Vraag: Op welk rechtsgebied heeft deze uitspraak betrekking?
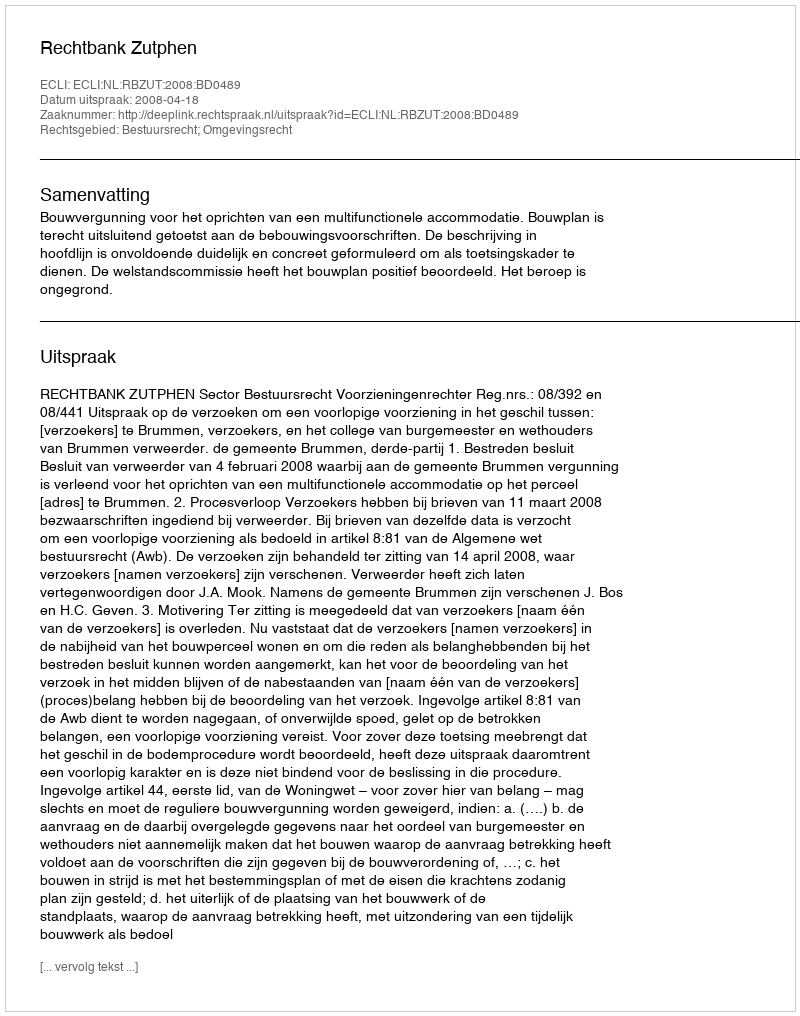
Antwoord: Bestuursrecht; Omgevingsrecht